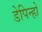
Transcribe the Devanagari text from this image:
डेपिन्हो